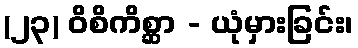
(၂၃) ဝိစိကိစ္ဆာ - ယုံမှားခြင်း၊